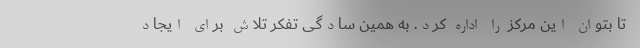
تا بتوان این مرکز را اداره کرد. به همین سادگی تفکر تلاش برای ایجاد